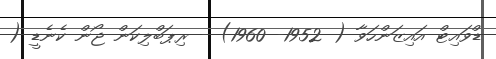
ޑްވައިޓް އައިޒަންހަވާ ( 1952- 1960) - ރިޕަބްލިކަން ޖޯން ކެނެޑީ (